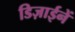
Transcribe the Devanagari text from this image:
डिज़ाईनें